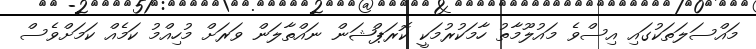
މައްސަލަތަކުގައި އިސްވެ މައުލޫމާތު ހާމަކުރުމަކީ ކޮރަޕްޝަން ނައްތާލަން ވަރަށް މުހިއްމު ކަމެއް ކަމަށްވެސް